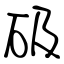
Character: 砐